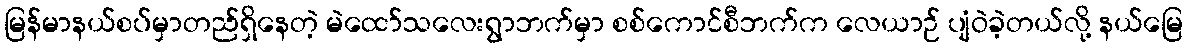
မြန်မာနယ်စပ်မှာတည်ရှိနေတဲ့ မဲထော်သလေးရွာဘက်မှာ စစ်ကောင်စီဘက်က လေယာဉ် ပျံဝဲခဲ့တယ်လို့ နယ်မြေ